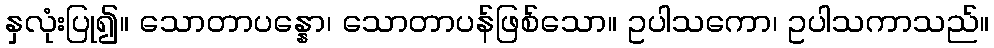
နှလုံးပြု၍။ သောတာပန္နော၊ သောတာပန်ဖြစ်သော။ ဥပါသကော၊ ဥပါသကာသည်။